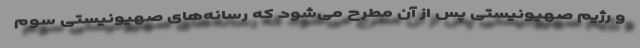
و رژیم صهیونیستی پس از آن مطرح می‌شود که رسانه‌های صهیونیستی سوم